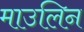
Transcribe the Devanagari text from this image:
माउलिन